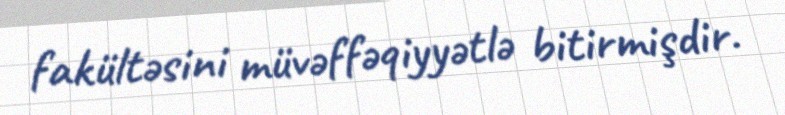
fakültəsini müvəffəqiyyətlə bitirmişdir.